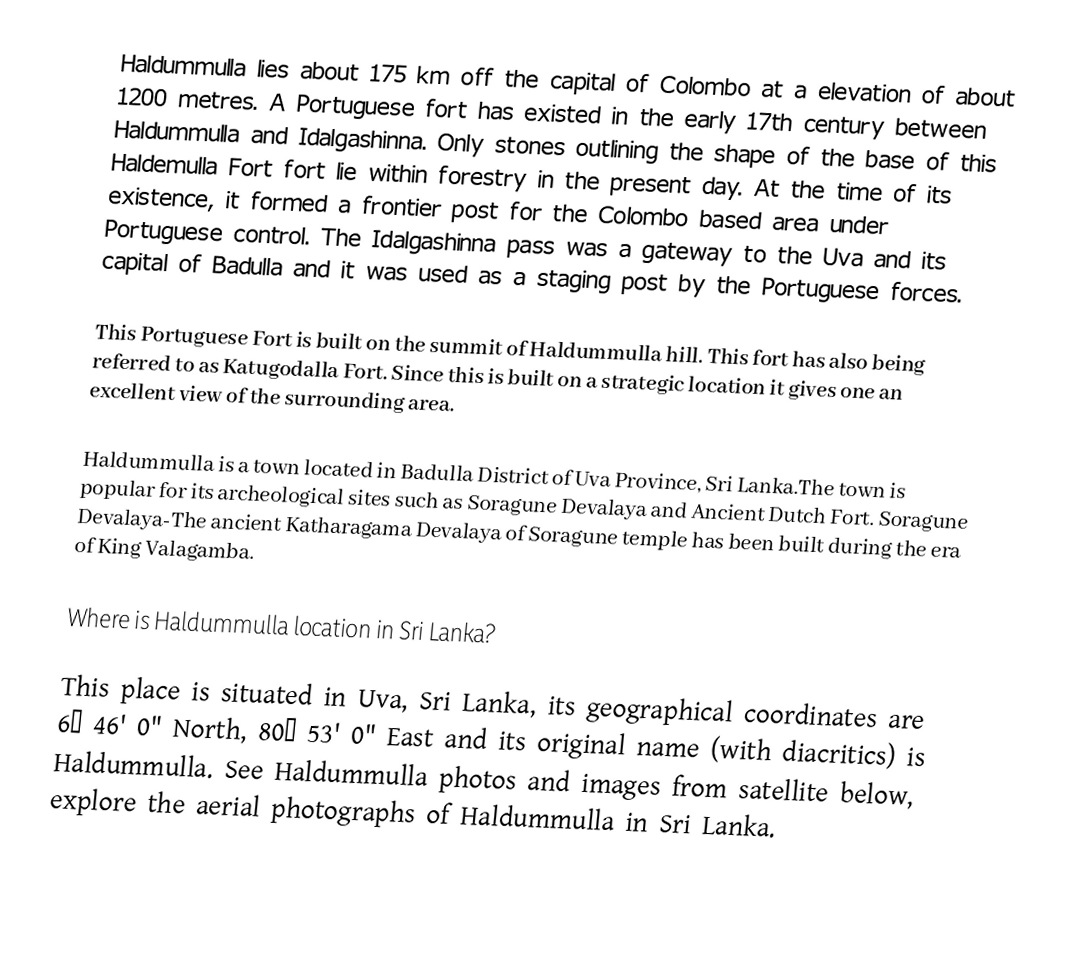
Haldummulla lies about 175 km off the capital of Colombo at a elevation of about 1200 metres. A Portuguese fort has existed in the early 17th century between Haldummulla and Idalgashinna. Only stones outlining the shape of the base of  this Haldemulla Fort  fort lie within forestry in the present day. At the time of its existence, it formed a frontier post for the Colombo based area under Portuguese control. The Idalgashinna pass was a gateway to the Uva and its capital of Badulla and it was used as a staging post by the Portuguese forces.

This Portuguese Fort is built on the summit of Haldummulla hill. This fort has also being referred to as Katugodalla Fort. Since this is built on a strategic location it gives one an excellent view of the surrounding area.

Haldummulla is a town located in Badulla District of Uva Province, Sri Lanka.The town is popular for its archeological sites such as Soragune Devalaya and Ancient Dutch Fort. Soragune Devalaya-The ancient Katharagama Devalaya of Soragune temple has been built during the era of King Valagamba.

Where is Haldummulla location in Sri Lanka?

This place is situated in Uva, Sri Lanka, its geographical coordinates are 6° 46' 0" North, 80° 53' 0" East and its original name (with diacritics) is Haldummulla. See Haldummulla photos and images from satellite below, explore the aerial photographs of Haldummulla in Sri Lanka.